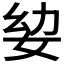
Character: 𭑵